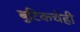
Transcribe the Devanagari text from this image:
बुटिकचेही